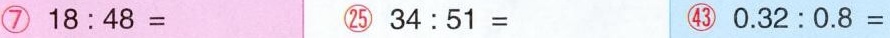
⑦ $$1 8 : 4 8 =$$ ㉕ $$3 4 : 5 1 =$$ ㊸ $$0 . 3 2 : 0 . 8 =$$